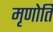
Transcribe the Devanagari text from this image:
मृणोति